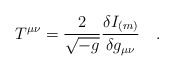
\begin{align*}T^{\mu\nu}={2 \over \sqrt{-g}} {\delta I_{(m)} \over \delta g_{\mu\nu}}~~~.\end{align*}